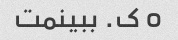
o ک. ببینمت